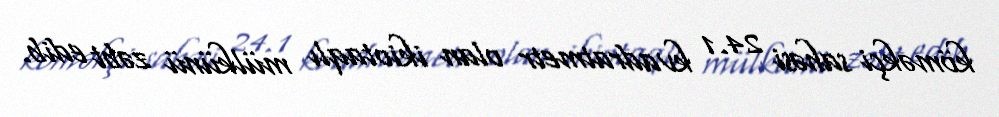
köməkçi sahəsi 24.1 kvadratmetr olan ikiotaqlı mülkünü zəbt edib.